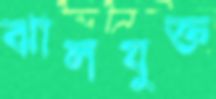
ঝালযুক্ত